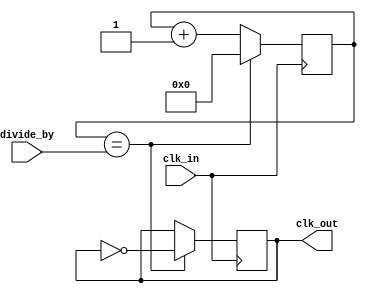
module clock_divider (
    input wire clk_in,          // Input clock signal
    input wire [7:0] divide_by, // 8-bit input for division ratio
    output reg clk_out          // Output clock signal
);

reg [7:0] counter; // Counter to keep track of division ratio

always @(posedge clk_in) begin
    if (counter == divide_by) begin
        counter <= 0; // Reset counter
        clk_out <= ~clk_out; // Toggle output clock
    end else begin
        counter <= counter + 1; // Increment counter
    end
end

endmodule